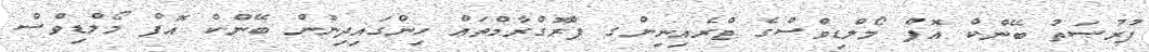
ފުރުޞަތު ބޭންކް އޮފް މޯލްޑިވްސްގެ ޓްރެއިނިންގ ޕްރޮގްރާމްތައް ހިންގައިދިނުން ބޭންކް އޮފް މޯލްޑިވްސް